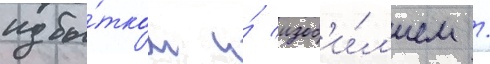
избы́тком и́ изоб'и́л'ием /